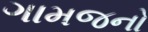
ગામજનો